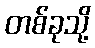
တစ်ခုသို့